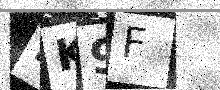
Text: 2K9F